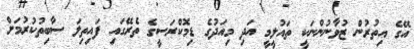
އޭގެ އިތުރުން ޒުވާނުންނަކީ ތައުލީމީ އަދި މިއަދުގެ ޑިމޮކްރަސީގެ ތެރޭގައި ފައިތިލަ ސާބިތުކުރުމަށް